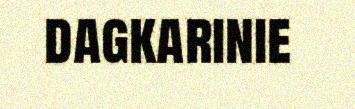
dagkarinie